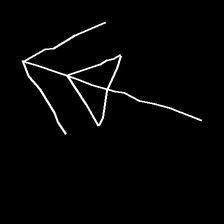
Glyph: pull